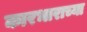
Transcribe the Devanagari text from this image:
कारभाराच्या